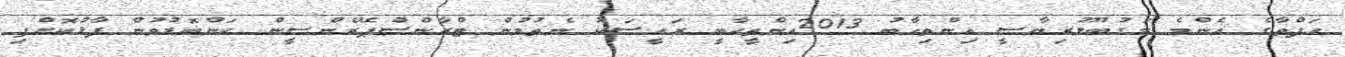
ހަފްތާގެ އެންމެ މަގުބޫލުރިޔާސީ އިންތިހާބު 2013އިންތީހާބީ ރައީސަކު ނެތުމުން ޓްރާންސްޕޭރެންސީން ކަންބޮޑުވުން ފާޅުކޮށްފި